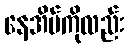
နေအိမ်ကိုလည်း